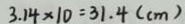
3 . 1 4 \times 1 0 = 3 1 . 4 ( c m )